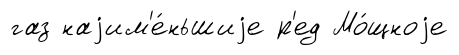
газ наjим'е́ньшиjе р'ед Мо́щноjе